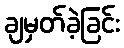
ချမှတ်ခဲ့ခြင်း